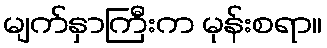
မျက်နှာကြီးက မုန်းစရာ။